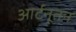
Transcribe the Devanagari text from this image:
आर्टनूतन